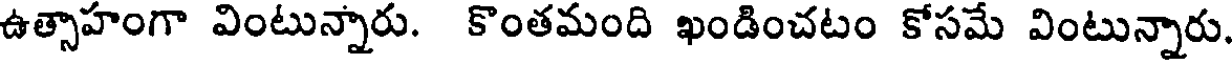
ఉత్సాహంగా వింటున్నారు. కొంతమంది ఖండించటం కోసమే వింటున్నారు.